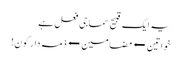
یہ ایک قبیح سماجی فعل ہے
خواتین ⬅مضامین⬅ذمہ دار کون!